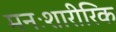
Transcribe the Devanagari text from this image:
मनःशारीरिक